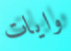
وايات